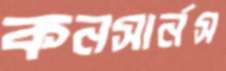
কনসার্নস